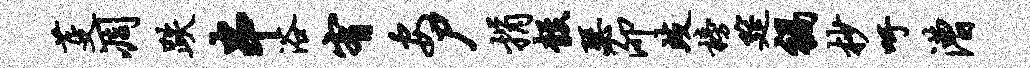
芟凋跌串浴宥安尸捐彀瑟泖歧榜筵祸杪吁漕